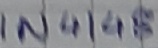
Text: IN4148